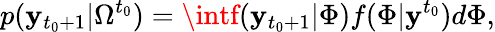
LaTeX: p(\mathbf{y}_{t_{0}+1}|\Omega^{t_{0}})=\intf(\mathbf{y}_{t_{0}+1}|\Phi)f(\Phi|\mathbf{y}^{t_{0}})d\Phi,